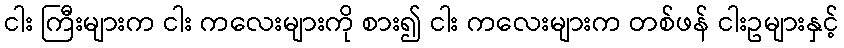
ငါး ကြီးများက ငါး ကလေးများကို စား၍ ငါး ကလေးများက တစ်ဖန် ငါးဥများနှင့်